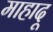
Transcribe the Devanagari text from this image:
माहादू